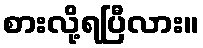
စားလို့ရပြီလား။